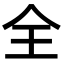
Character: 全